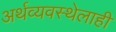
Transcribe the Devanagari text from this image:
अर्थव्यवस्थेलाही